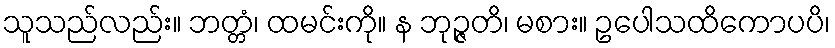
သူသည်လည်း။ ဘတ္တံ၊ ထမင်းကို။ န ဘုဉ္ဇတိ၊ မစား။ ဥပေါသထိကောပပိ၊